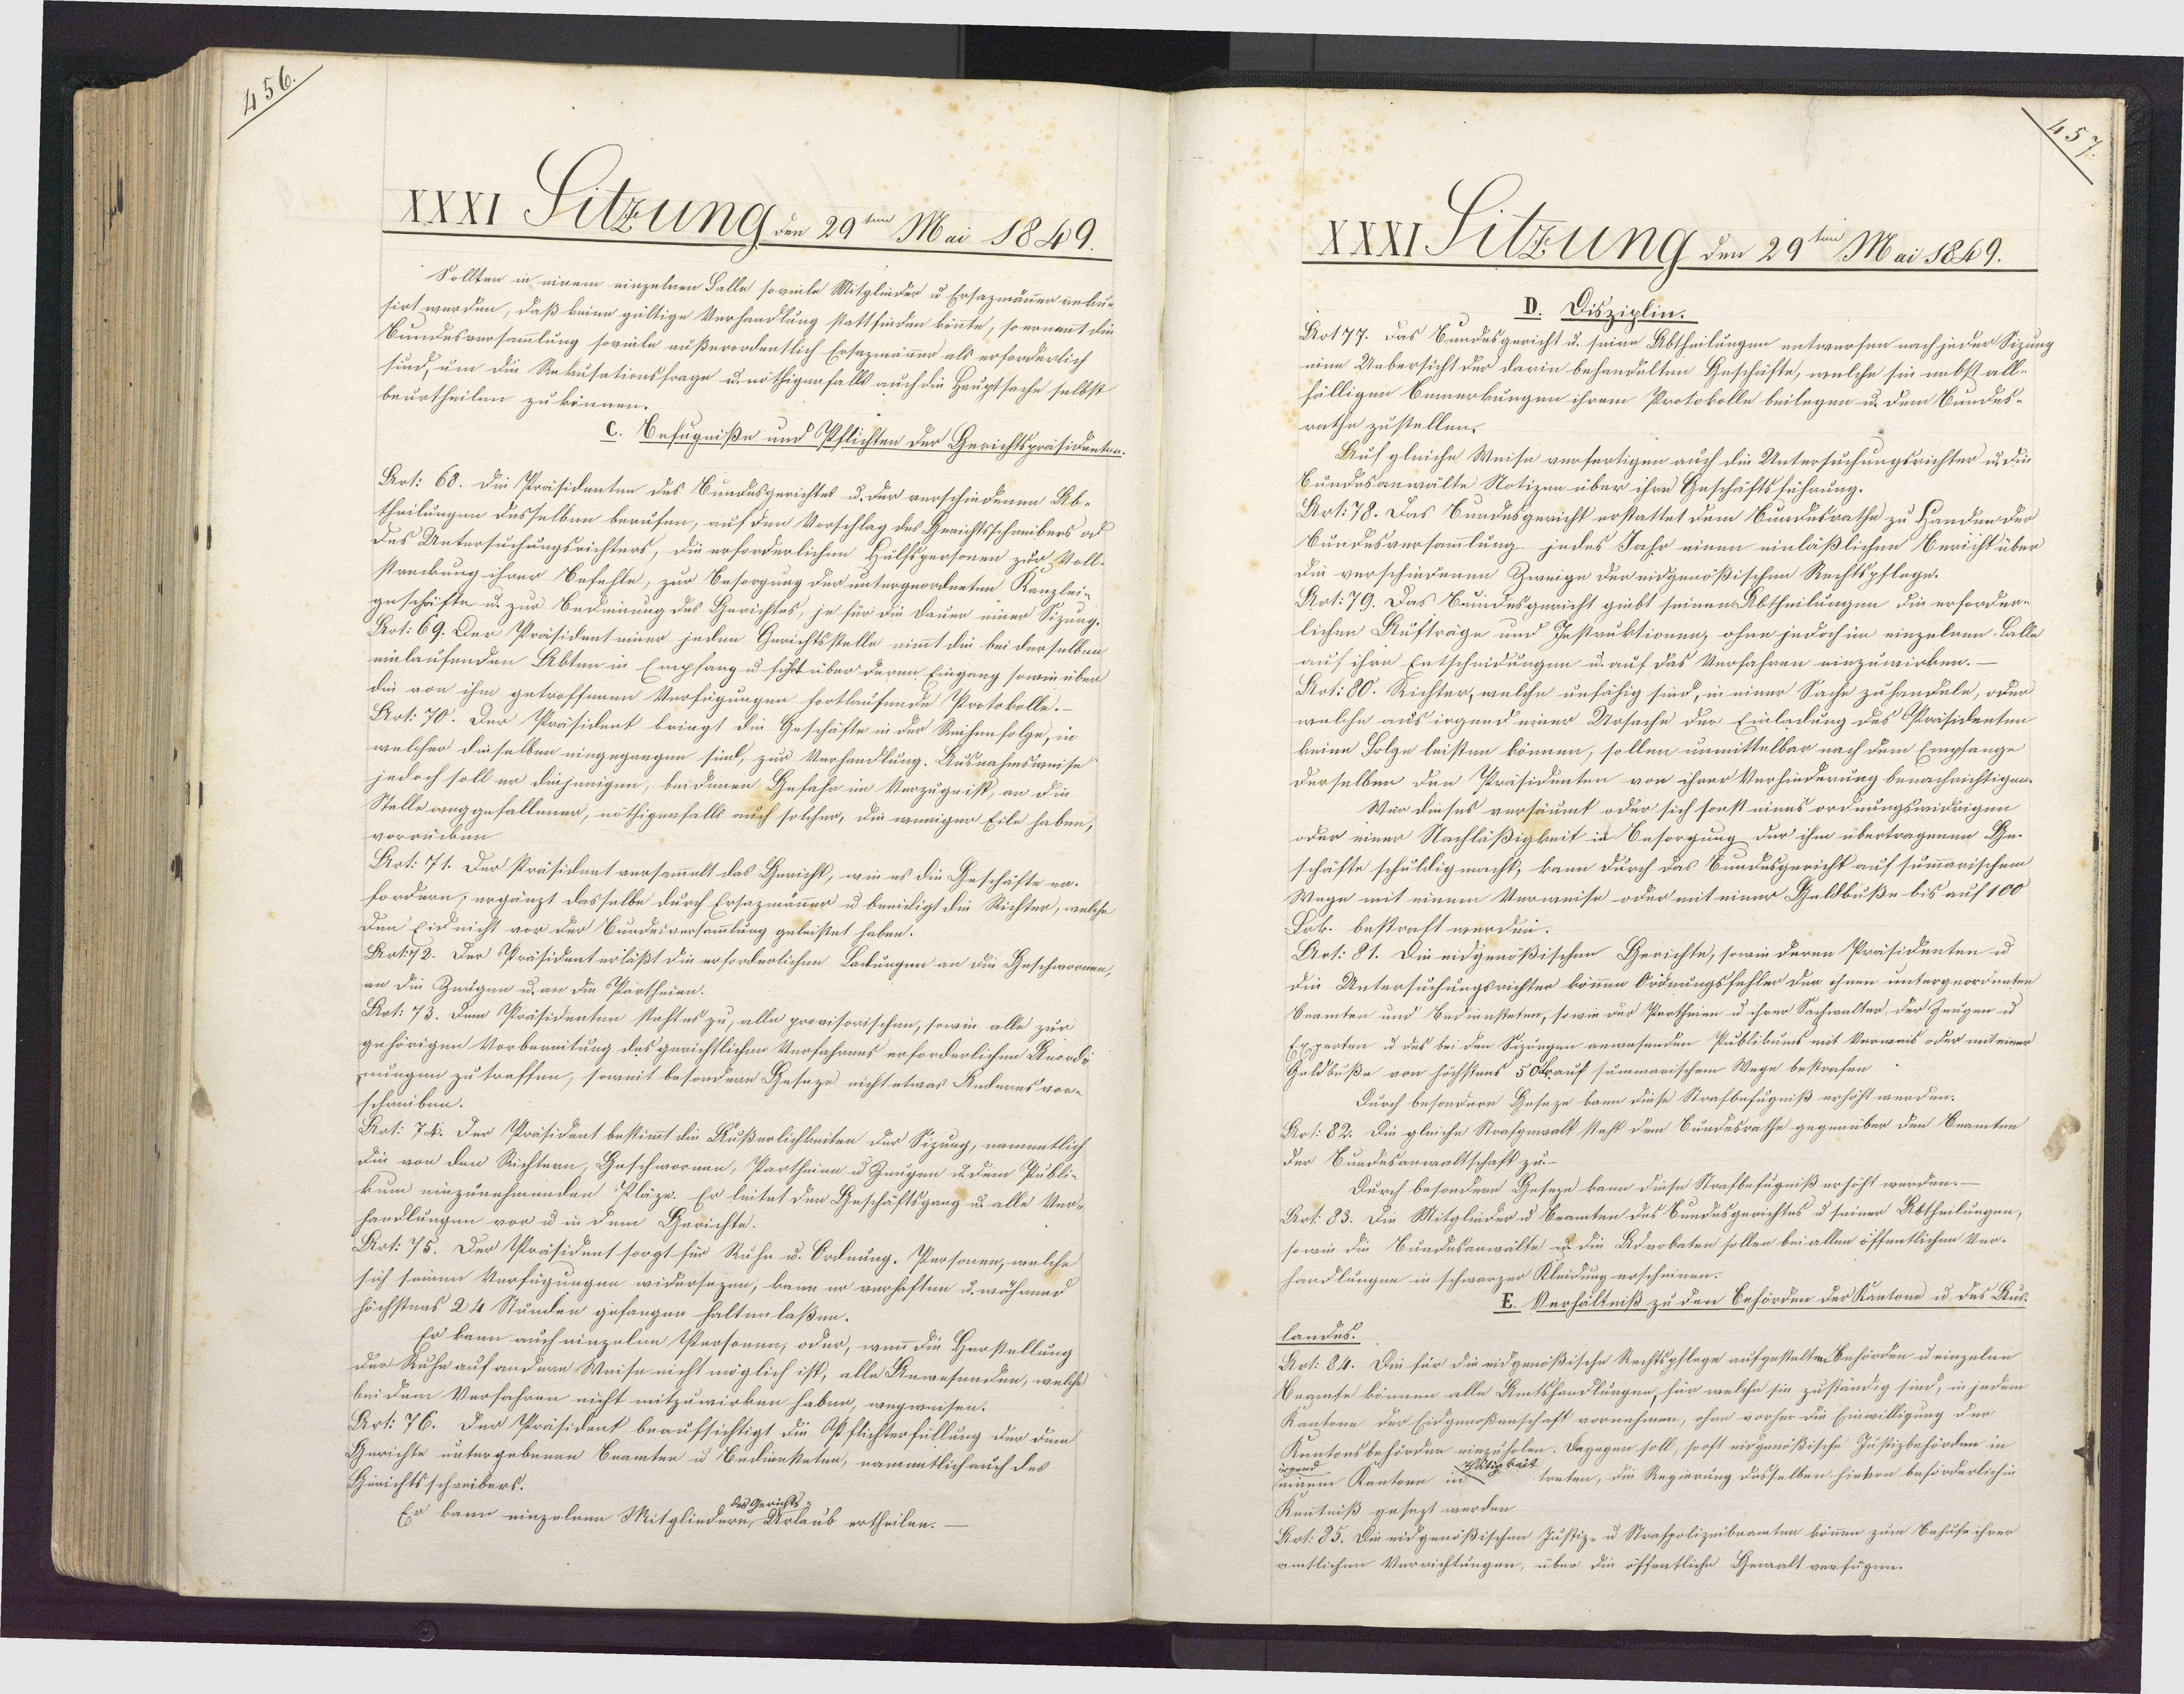
39

XXXI Sitzung an 29ten Mai 1849.
Sollten in einem einzelnen Falle soveile Mitgliider u Ersazmänner rekur¬
sirt werden, daß keine gültige Verhandlung stattfinden könnte, so ernannt die
Bundesversammlung soveele außerordentlich Ersazmänner als erforderlich
sind, um die Rekusationsfrage u. nöthigenfalls auch die Hauptsache selbst
beurtheilen zu können.
C. Befugniße und Pflichten der Gerichtspräsidenten.
Art: 68. Die Präsidenten des Bundesgerichtes u. der verschiedenen Ab-
theilungen dasselben berufen, auf den Vorschlag des Gerichtsschreibers al
des Untersuchungsrichters, die erforderlichen Hülfspersonen zur Voll-
streckung ihrer Befehle, zur Besorgung der untergeordneten Kanzlei¬
geschäfte u. zur Bedinnung des Gerichtes, je für die Dauen einer Sizung-
Aot: 69. Der Präsident einer jeden Gerichtsstelle nimmt die bei derselben
einlaufenden Akten in Empfang u führt über deren Eingang sowie über
die von ihm getroffenen Verfügungen fortlaufende Protokolle.-
Aot: 70. Der Präsident bringt die Geschäfte in der Reihenfolge, in
welcher dieselben eingegangen sind, zur Verhandlung. Ausnahmsweise
jedoch soll er diejenigen, beidenen Gefahr im Verzugeist, an die
Stelle weggefallener, nöthigenfalls auch solcher, die weniger Eile haben,
vorrücken.
Art: 71. Der Präsident versammelt das Gericht, wie es die Geschäfte er¬
fordern; ergänzt dasselbe durch Ersazmanner u beeidigt die Richter, welche
den Eid nicht vor der Bundesversammlung geleistet haben.
Pot. 72. Der Präsidenterläßt die erforderlichen Lackungen an dm Geschwornen,
an die Zeugen u. an die Partheien.
Art: 73. Dem Präsidenten stehtes zu, alle provisorischen, sowie alle zur
gehörigen Vorbereitung des gerichtlichen Verfahrens erforderlichen Anordi¬
ungen zu treffen, soweit besondern Geseze nicht etwas Anderns vor-
schreiben.
Art: 74. Der Präsident bestimmt die Äußerlichkeiten der Sizung, namentlich
Die von den Richtern, Geschwornen, Partheim u Zeugen u. dem Publie
kum einzunehmenden Pläze. Er leitet den Geschäftsgang u. alle Ver-
handlungen vor u in dem Gerichte.
Art: 75. Der Präsident sorgt für Ruhe u. Ordnung. Personen, welche
sich seinen Verfügungen widersezen, kann er verhaften u. während
höchstens 24 Stunden gefangen halten laßen.
Er kann auch einzelnn Personen, oder, wenn die Herstellung
der Ruhe auf andere Weise nicht möglich ist, alle Anwesenden, welche
bei dem Verfahren nicht mitzuwirken haben, wegweisen.
Art: 76. Der Präsident beaufsichtigt die Opflichterfüllung der dem
Gerichte untergebenen Beamten u Bedienketen, namentlich auch des
Gerichtsschreibers.
des Gerichts
Er kann einzelnen Mitgliedern Urlaub ertheilen.

XXXI Stzung den 29ten Mai 1869.
D. Disziplin.
Art 77. das Sundesgericht u. seine Abtheilungen entwerfen nach jeder Sizung
eine Uebersicht der darin behandelten Geschäfte, welche sie nebst all¬
fälligen Bemerkungen ihrem Protokolle beilegen u. dem Bundes¬
rathe zustellen.
Auf gleiche Weise verfertigen auch die Untersuchungsrichter u. die
Bundesanwälte Notizen über ihre Geschäftsführung.
Art. 78. Das Bundesgericht erstattet dem Bundesrathe zu Handen der
Sundesversammlung jedes Jahr einen einläßlichen Bericht über
Die verschiedenen Zweige der eidgenößischen Rechtspflege.
Art. 79. Das Bundesgericht giibt seinen Abtheilungen die erforder¬
lichen Aufträge und Iestruktionen, ohne jedoch im einzelnen Balle
auf ihre Entscheidungen u. auf das Verfahren einzuwirken.—
Art: 80. Richter, welche unfähig sind, in einer Sache zuhandeln, oder
welche ausirgend einer Ursache der Einladung des Präsidenten
keine Folge leisten können, sollen unmittelbar nach dem Empfange
derselben den Präsidenten von ihrer Verhinderung benachrichtigen.
Wür dieses versäumt oder sich sonst eines ordnungswidrigen
oder einer Nachläßigkeit in Besorgung der ihm übertragenen Ge¬
schäfte schuldig macht, kann durch das Bundusgericht auf summarischem
Wege mit einem Verweise oder mit einer Geldbuße bis auf 100
Drk. bestraft werden.
Dert: 81. Die eidgenößischen Gerichte, sowie deren Präsidenten u.
Die Untersuchungsrichter kommen Ordnungsfehler der ihnen untergeordneten
Seamten und Bedinnsteten, so wie der Partheien u ihrer Sachwalter, der Zeugen u.
Experten u des bei den Sizungen anwesenden Publikums mit Verweis oder mit einer
Geldbuße von höchstens 5 Orauf summarischem Wege bestrafen
Durch besondere Geseze kann diese Strafbefugniß erhöht werden.
Art: 82. Die gleiche Strafgewalt steht dem Bundesrathe gegenüber den Seamten
der Bundesanwaltschaft zu
Durch besondern Geseze kann diese Strafbefugniß erhöht werden.
Art: 83. Die Mitglieder u Beamten des Bundesgerichtes u seiner Abtheilungen,
so wie die Bundesanwälte u. die Advokaten sollen bei allen öffentlichen Ver¬
handlungen in schwarzer Kleidung erscheinen.
I. Verhältniß zu den Behörden der Kantone u des Aus¬
landes.
Art: 84. Die für die eidgenößische Rechtspflege aufgestelten Behörden u einzelne
Beamte können alle Amtshandlungen, für welche sie zuständig sind, in jedem
Kantone der Eidgenoßenschaft vornehmen, ohne vorher die Einwilligung der
entonsbehörden einzuholen. Dagegen soll, sooft eidgenößische Justizbehörden in
treten, die Regierung desselben hievon beförderlichin
seinem Kantone keit
Kentniß gesezt werden.
Behufe.
den be
caspolizeib
Art. 85. Din eidgenößischen Justiz
amtlichen Verrichtungen, über die öffentliche
Gewalt.

25